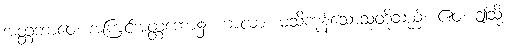
အတ္တဘာဝေ၊ အကြင်အတ္တဘော၌။ ဗာလာ၊ မသိကုန်သောသူတို့သည်။ ဧဝံ၊ ဤသို့။